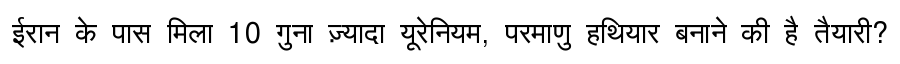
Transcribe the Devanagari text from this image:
ईरान के पास मिला 10 गुना ज़्यादा यूरेनियम, परमाणु हथियार बनाने की है तैयारी?